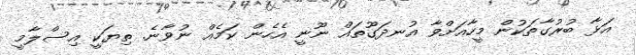
އަޅާ ބުރުގާތަކުން މީހާއަށްވާ އުނދަގޫތައް ނޫނީ އެހެން ކަމެއް ނުވާނެ. ތިޔަކީ އިސްލާމީ